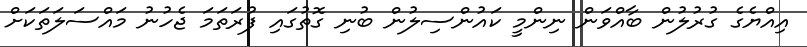
އިއްޔެގެ ގުރުލުން ބާއްވަން ނިންމީ ކައުންސިލުން ބުނި ގޮތުގައި ފުރަތަމަ ޖެހުނު މައްސަލަތަކަށް